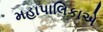
મહાપાલિકાએ